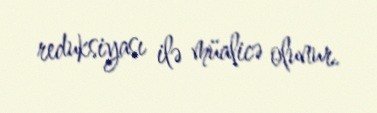
reduksiyası ilə müalicə olunur.